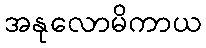
အနုလောမိကာယ